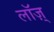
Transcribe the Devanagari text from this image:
लॉज़्